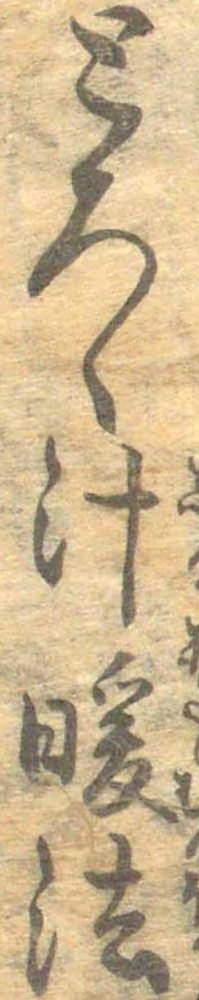
とろゝ汁暖法